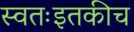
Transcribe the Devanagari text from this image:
स्वतःइतकीच